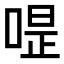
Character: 𠷚